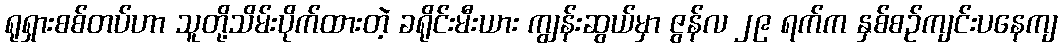
ရုရှားစစ်တပ်ဟာ သူတို့သိမ်းပိုက်ထားတဲ့ ခရိုင်းမီးယား ကျွန်းဆွယ်မှာ ဇွန်လ ၂၉ ရက်က နှစ်စဉ်ကျင်းပနေကျ